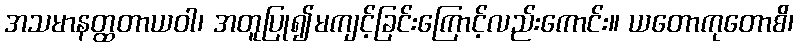
အသမာနတ္ထတာယဝါ၊ အတူပြု၍မကျင့်ခြင်းကြောင့်လည်းကောင်း။ ယတောကုတောစိ၊